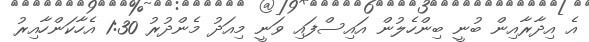
އެ އިދާރާއިން ބުނީ ބިންހެލުން އައިސްފައި ވަނީ މިއަދު މެންދުރު 1:30 އެހާކަންހާއިރު